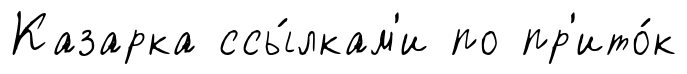
Казарка ссы́лкам'и по пр'ито́к